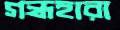
গন্ধহারা